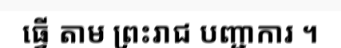
ធ្វើ តាម ព្រះរាជ បញ្ជាការ ។